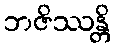
ဘဇိဿန္တိ